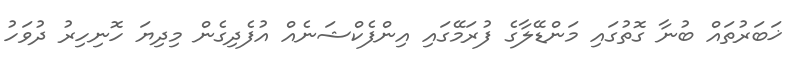
ޚަބަރުތައް ބުނާ ގޮތުގައި މަންޑޭލާގެ ފުރަމޭގައި އިންފެކްޝަނެއް އުފެދިގެން މިދިޔަ ހޮނިހިރު ދުވަހު